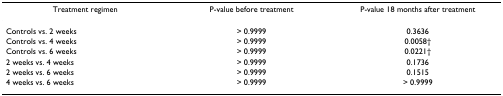
<table><thead><tr><td><b>Treatment regimen</b></td><td><b>P-value before treatment</b></td><td><b>P-value 18 months after treatment</b></td></tr></thead><tbody><tr><td>Controls vs. 2 weeks</td><td>&gt; 0.9999</td><td>0.3636</td></tr><tr><td>Controls vs. 4 weeks</td><td>&gt; 0.9999</td><td>0.0058†</td></tr><tr><td>Controls vs. 6 weeks</td><td>&gt; 0.9999</td><td>0.0221†</td></tr><tr><td>2 weeks vs. 4 weeks</td><td>&gt; 0.9999</td><td>0.1736</td></tr><tr><td>2 weeks vs. 6 weeks</td><td>&gt; 0.9999</td><td>0.1515</td></tr><tr><td>4 weeks vs. 6 weeks</td><td>&gt; 0.9999</td><td>&gt; 0.9999</td></tr></tbody></table>